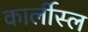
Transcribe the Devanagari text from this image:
कार्लीस्ल